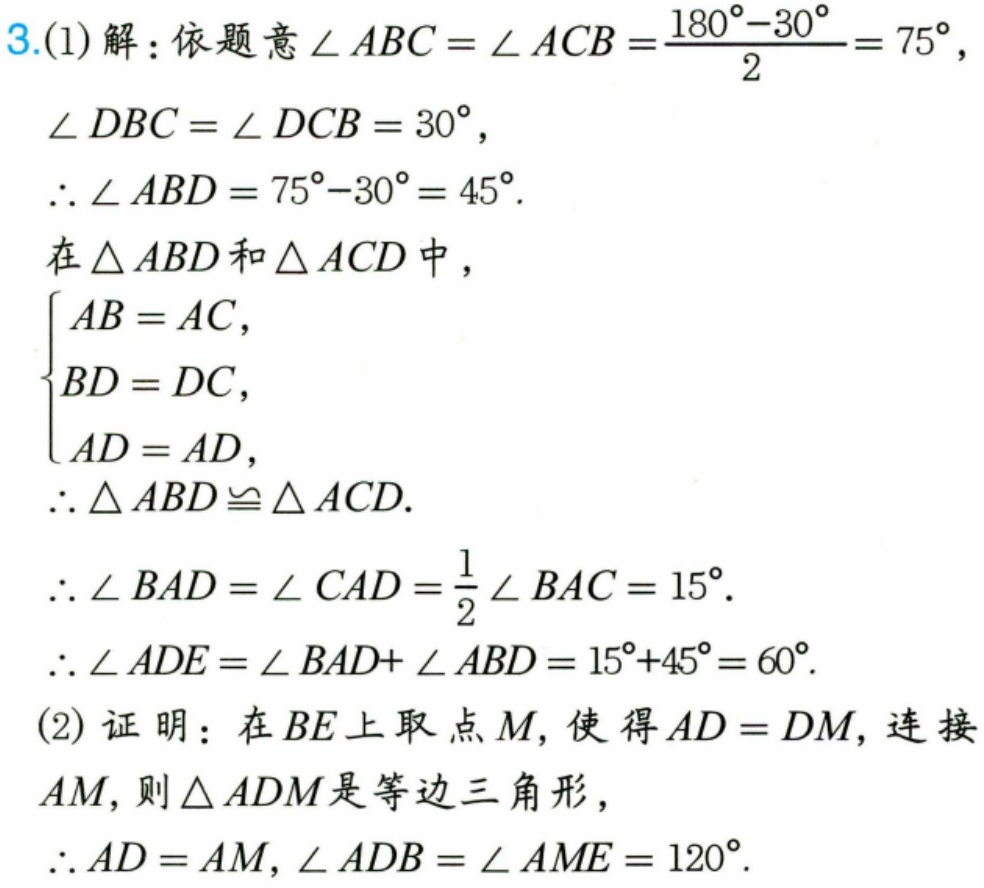
3.(1)解：依题意\(\angle ABC = \angle ACB=\frac{180^{\circ}-30^{\circ}}{2}=75^{\circ}\)，
\(\angle DBC=\angle DCB = 30^{\circ}\)，
\(\therefore\angle ABD = 75^{\circ}-30^{\circ}=45^{\circ}\).
在\(\triangle ABD\)和\(\triangle ACD\)中，
\(\begin{cases}
AB = AC,\\
BD = DC,\\
AD = AD,
\end{cases}\)
\(\therefore\triangle ABD\cong\triangle ACD\).
\(\therefore\angle BAD=\angle CAD=\frac{1}{2}\angle BAC = 15^{\circ}\).
\(\therefore\angle ADE=\angle BAD + \angle ABD=15^{\circ}+45^{\circ}=60^{\circ}\).
(2)证明：在\(BE\)上取点\(M\)，使得\(AD = DM\)，连接
\(AM\)，则\(\triangle ADM\)是等边三角形，
\(\therefore AD = AM\)，\(\angle ADB=\angle AME = 120^{\circ}\).